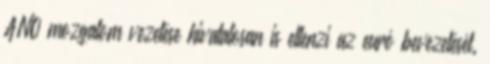
ANO mozgalom vezetése hivatalosan is ellenzi az euró bevezetését.